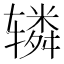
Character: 辚